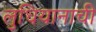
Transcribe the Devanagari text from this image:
लुधियानाची